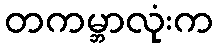
တကမ္ဘာလုံးက